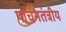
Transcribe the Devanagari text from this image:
पाचनतंत्रीय